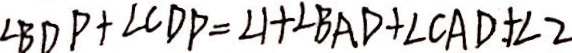
\angle B D P + \angle C D P = \angle 1 + \angle B A D + \angle C A D + \angle 2